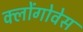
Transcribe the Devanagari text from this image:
क्लोंगोवेस